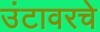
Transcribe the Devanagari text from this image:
उंटावरचे